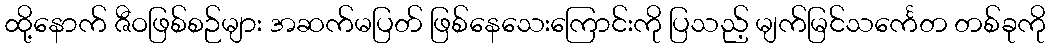
ထို့နောက် ဇီဝဖြစ်စဉ်များ အဆက်မပြတ် ဖြစ်နေသေးကြောင်းကို ပြသည့် မျက်မြင်သင်္ကေတ တစ်ခုကို